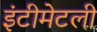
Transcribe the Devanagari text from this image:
इंटीमेटली